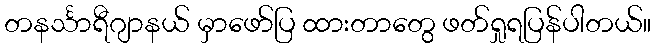
တနင်္သာရီဂျာနယ် မှာဖော်ပြ ထားတာတွေ ဖတ်ရှုရပြန်ပါတယ်။